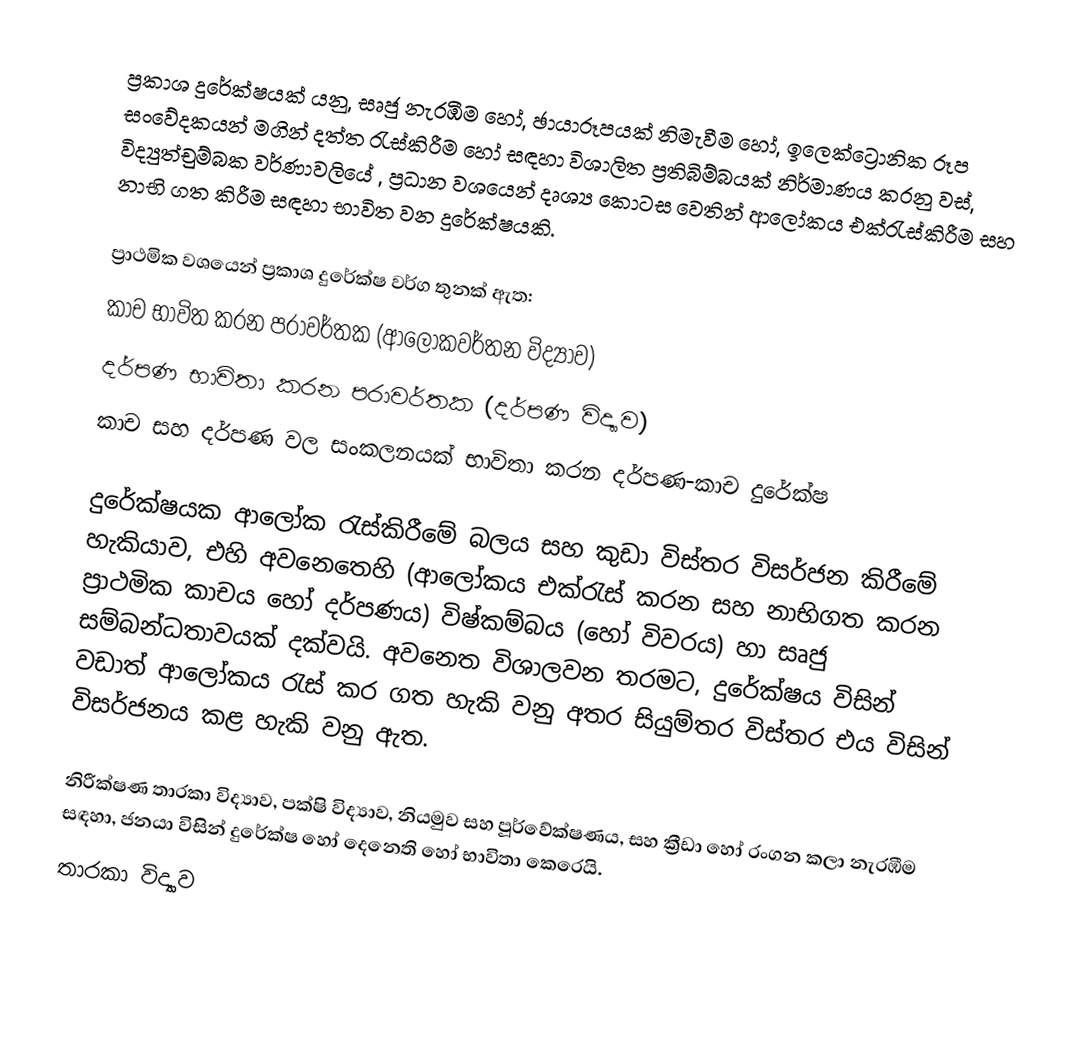
ප්‍රකාශ දුරේක්ෂයක් යනු,  සෘජු නැරඹීම හෝ, ඡායාරූපයක් නිමැවීම හෝ, ඉලෙක්ට්‍රොනික  රූප සංවේදකයන් මගින් දත්ත රැස්කිරීම හෝ සඳහා විශාලිත ප්‍රතිබිම්බයක් නිර්මාණය කරනු වස්,  විද්‍යුත්චුම්බක වර්ණාවලියේ ,   ප්‍රධාන වශයෙන් දෘශ්‍ය කොටස වෙතින් ආලෝකය  එක්රැස්කිරීම සහ නාභි ගත කිරීම  සඳහා භාවිත වන දුරේක්ෂයකි.

ප්‍රාථමික වශයෙන් ප්‍රකාශ දුරේක්ෂ වර්ග තුනක් ඇත:
 කාච භාවිත කරන පරාවර්තක (ආලෝකවර්තන විද්‍යාව)
 දර්පණ භාවිතා කරන  පරාවර්තක  (දර්පණ විද්‍යාව)
 කාච සහ දර්පණ වල සංකලනයක් භාවිතා කරන දර්පණ-කාච දුරේක්ෂ

දුරේක්ෂයක ආලෝක රැස්කිරීමේ බලය සහ කුඩා විස්තර විසර්ජන කිරීමේ හැකියාව, එහි අවනෙතෙහි (ආලෝකය එක්රැස් කරන සහ නාභිගත කරන ප්‍රාථමික කාචය හෝ දර්පණය) විෂ්කම්බය (හෝ විවරය) හා  සෘජු සම්බන්ධතාවයක් දක්වයි.  අවනෙත විශාලවන තරමට, දුරේක්ෂය විසින් වඩාත් ආලෝකය රැස් කර ගත හැකි වනු අතර සියුම්තර විස්තර එය විසින් විසර්ජනය කළ හැකි වනු ඇත.

නිරීක්ෂණ තාරකා විද්‍යාව, පක්ෂි විද්‍යාව, නියමුව සහ  පූර්වේක්ෂණය, සහ ක්‍රීඩා හෝ රංගන කලා නැරඹීම සඳහා, ජනයා විසින් දුරේක්ෂ හෝ දෙනෙති  හෝ භාවිතා කෙරෙයි.
තාරකා විද්‍යාව